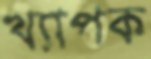
খ্যাপক